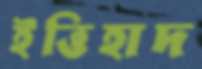
ইত্তিহাদ